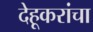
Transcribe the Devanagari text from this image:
देहूकरांचा